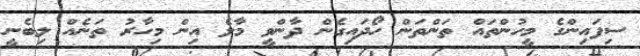
ސިފައިންގެ މީހުންތައް ތަންތަން ހޯދައިގެން ދާންވީ މާލެ އިން މިހާރު ތަނެއް ލިބެނީ